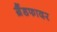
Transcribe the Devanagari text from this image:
ग्रैंडफादर